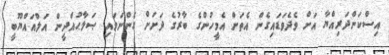
އިސްކަންދަރިއްޔާ އަށް ވެދެވަޑައިގެން އެތަން އެމީހުންގެ ބާރުގެ ދަށަށް ގެންނަވައި ޞަލާޙުއްދީން އަލްއައްޔޫބީ